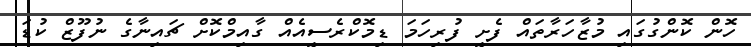
ހޮން ކޮންގުގައި މުޒާހަރާތައް ފެށީ ފުރިހަމަ ޑިމޮކްރެސީއެއް ގާއިމްކޮށް ޗައިނާގެ ނުފޫޒް ކުޑަ